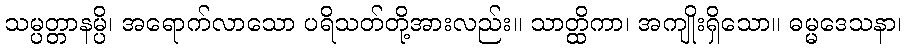
သမ္ပတ္တာနမ္ပိ၊ အရောက်လာသော ပရိသတ်တို့အားလည်း။ သာတ္ထိကာ၊ အကျိုးရှိသော။ ဓမ္မဒေသနာ၊